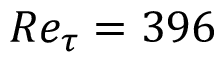
R e _ { \tau } = 3 9 6